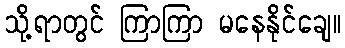
သို့ရာတွင် ကြာကြာ မနေနိုင်ချေ။